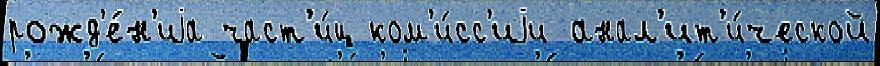
рожд'е́н'иjа част'и́ц ком'и́сс'иjи анал'ит'и́ческой